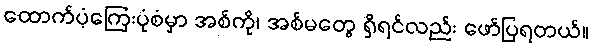
ထောက်ပံ့ကြေးပုံစံမှာ အစ်ကို၊ အစ်မတွေ ရှိရင်လည်း ဖော်ပြရတယ်။